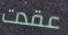
عقدت